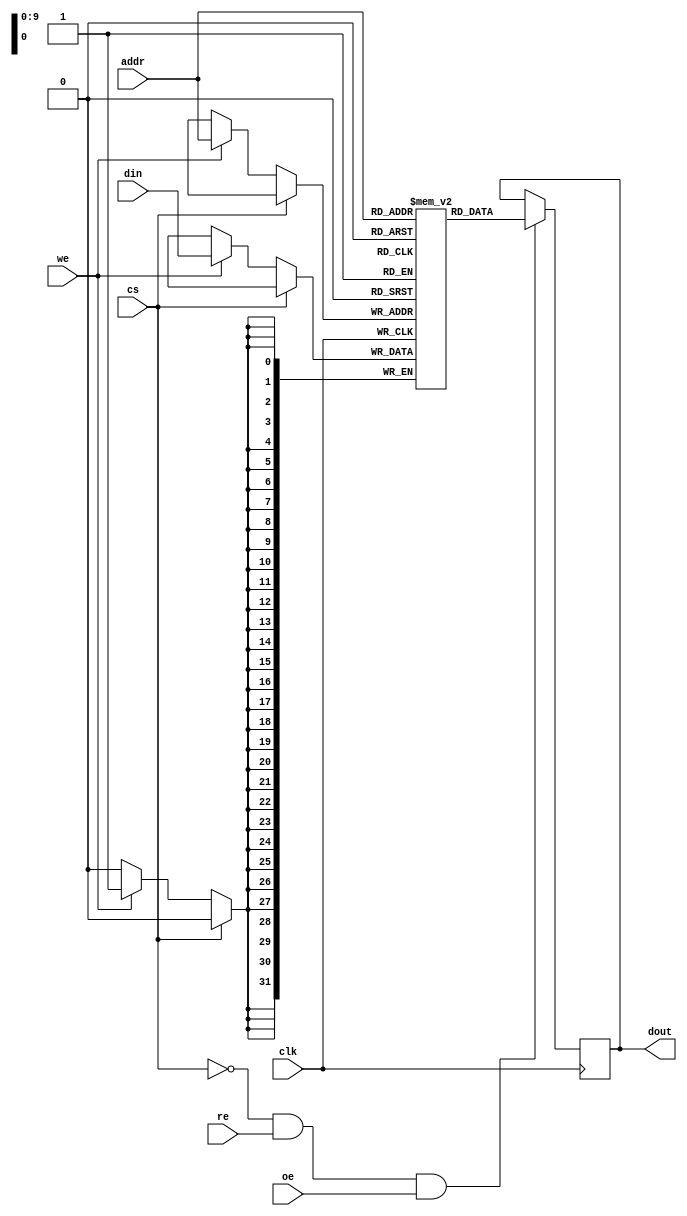
module io_blocks_cache_sram #(
    parameter DATA_WIDTH = 32,    // Width of each memory word (8, 16, 32 bits)
    parameter ADDR_WIDTH = 10      // Address width to support the desired memory size
)(
    input wire clk,                // Clock signal
    input wire cs,                 // Chip Select
    input wire we,                 // Write Enable
    input wire re,                 // Read Enable
    input wire oe,                 // Output Enable
    input wire [ADDR_WIDTH-1:0] addr, // Address line
    input wire [DATA_WIDTH-1:0] din,  // Data input
    output reg [DATA_WIDTH-1:0] dout  // Data output
);

// Memory Array Declaration
reg [DATA_WIDTH-1:0] memory_array [(1 << ADDR_WIDTH)-1:0];

// Read/Write Operations
always @(posedge clk) begin
    if (!cs) begin  // If chip is selected
        if (we) begin
            // Write operation
            memory_array[addr] <= din;
        end
    end
end

// Output operation
always @(posedge clk) begin
    if (!cs && re && oe) begin
        // Read operation
        dout <= memory_array[addr];
    end
end

// Optional: Power Management Logic
// This can be added based on requirements for sleep mode or low-power states

// Optional: Parity/Error Detection can be included here

endmodule